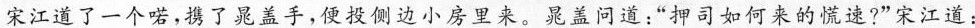
宋江道了一个喏，携了晁盖手，便投侧边小房里来。晁盖问道：”押司如何来的慌速?”宋江道：